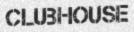
CLUBHOUSE